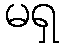
မရှ